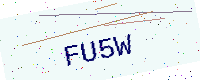
Text: FU5W